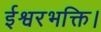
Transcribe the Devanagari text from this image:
ईश्वरभक्ति।